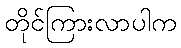
တိုင်ကြားလာပါက